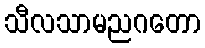
သီလသာမညဂတော